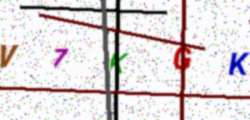
Text: V7KGK